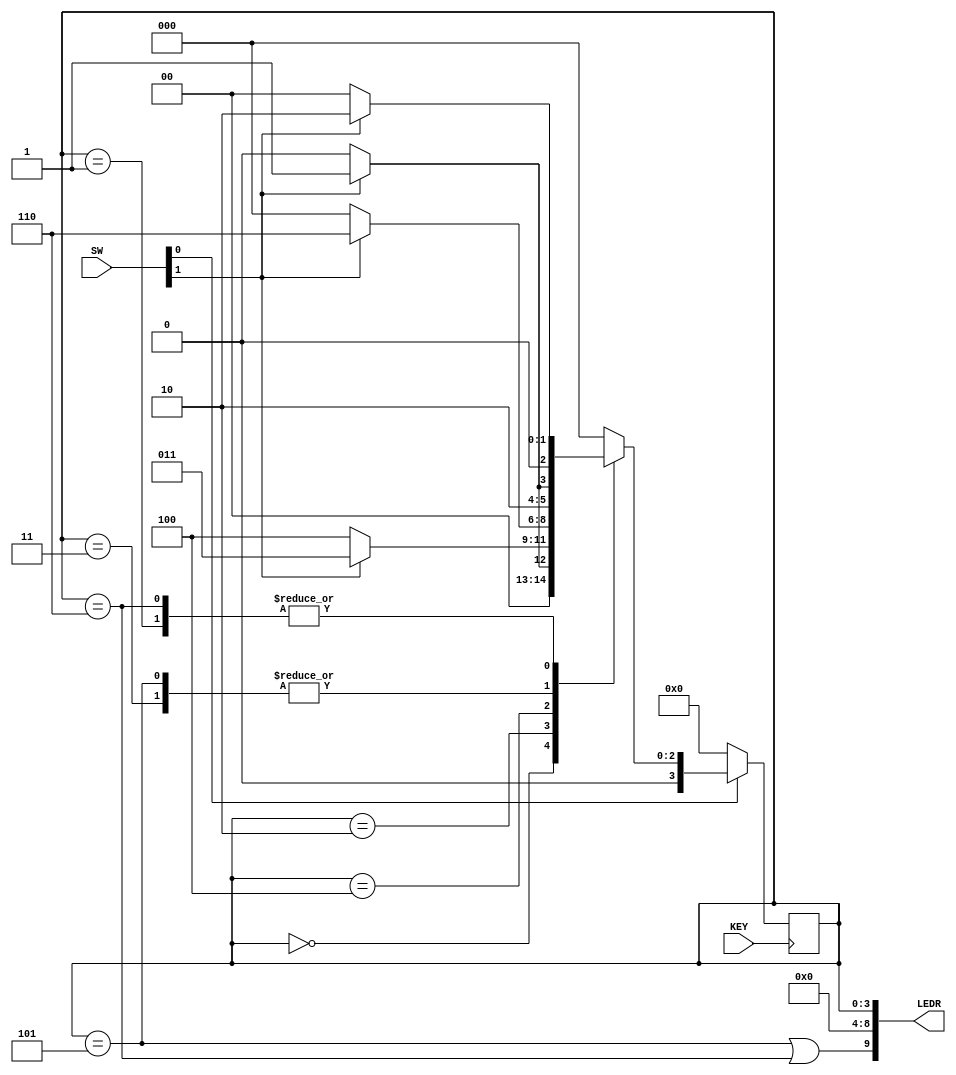
`timescale 1ns / 1ns // `timescale time_unit/time_precision

module sequence_detector(input [9:0] SW, input [0:0] KEY, output [9:0] LEDR);

				wire w, clock, resetn, out_light;
				// y_Q represents current state, Y_D represents next state
				reg [3:0] y_Q, Y_D;
				localparam 	A = 4'b0000, B = 4'b0001, C = 4'b0010, D = 4'b0011, 
								E = 4'b0100, F = 4'b0101, G = 4'b0110;

				/*
				 * SW[0] reset when 0
				 * SW[1] input signal
				 * KEY[0] clock signal
				 * LEDR[3:0] displays current state
				 * LEDR[9] displays output
				*/
				
				assign w = SW[1];
				assign clock = ~KEY[0];
				assign resetn = SW[0];

				always@(*) // state table
				begin
					// logic for state transitions
					case (y_Q)
						A: begin
								if (~w) Y_D = A;
								else Y_D = B;
							end
						B: begin
								if (~w) Y_D = A;
								else Y_D = C;
							end
						C: begin
								if (~w) Y_D = E;
								else Y_D = D;
							end
						D: begin
								if (~w) Y_D = E;
								else Y_D = F;		
							end
						E: begin
								if (~w) Y_D = A;
								else Y_D = G;
							end
						F: begin
								if (~w) Y_D = E;
								else Y_D = F;
							end
						G: begin
								if (~w) Y_D = A;
								else Y_D = C;
							end
						default: Y_D = A;
					endcase
				
				end // state_table

				// state Registers
				always @(posedge clock)
				begin: state_FFs
				  if(resetn == 1'b0)
						y_Q <=  A; // reset to state A
				  else
						y_Q <= Y_D;
				end // state_FFS

				// output logic
				assign out_light = ((y_Q == F) | (y_Q == G));

				assign LEDR[9] = out_light;
				assign LEDR[3:0] = y_Q;
				assign LEDR[8:4] = 5'd0;
				
endmodule // sequence_detector